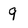
Character: 9